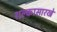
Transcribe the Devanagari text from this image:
शल्कासारखे